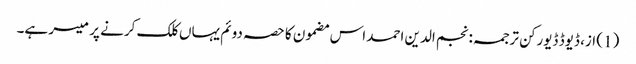
(1) از، ڈیوڈ ڈیورکن ترجمہ: نجم الدین احمد اس مضمون کا حصہ دوئم یہاں کلک کرنے پر میسر ہے۔